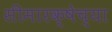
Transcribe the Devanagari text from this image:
सीमारक्षेच्या